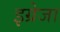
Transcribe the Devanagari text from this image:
इग्रेजा